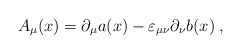
\begin{align*}A_\mu(x)=\partial_{\mu}a(x)-\varepsilon_{\mu\nu}\partial_{\nu}b(x)\; ,\end{align*}